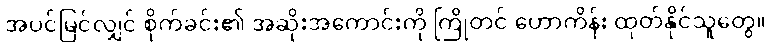
အပင်မြင်လျှင် စိုက်ခင်း၏ အဆိုးအကောင်းကို ကြိုတင် ဟောကိန်း ထုတ်နိုင်သူတွေ။